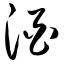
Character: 酒